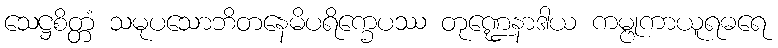
သေဋ္ဌစိတ္တံ သမုပသောဘိတနေမိပရိက္ခေပဿ တုဏ္ဍေနာဒါယ ကမ္ဗုကာယူရဓရေ